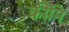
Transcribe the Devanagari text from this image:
कीमि